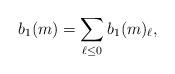
LaTeX: \begin{align*}b_1(m) = \sum_{\ell \leq 0} b_1(m)_{\ell},\end{align*}